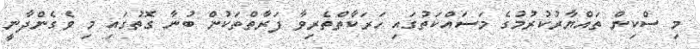
މި ސްކިން ތައްޔާރުކުރުމުގެ މަސައްކަތުގައި ހަރަކާތްތެރިވާ ފަރާތްތަކުން ބުނާ ގޮތުގައި މި ވެގެންދާނީ